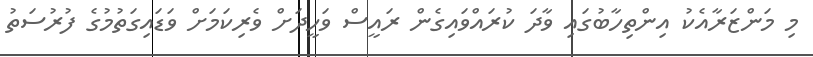
މި މަންޒަރާއެކު އިންތިހާބުގައި ވާދަ ކުރައްވައިގެން ރައީސް ވަހީދަށް ވެރިކަމަށް ވަޑައިގަތުމުގެ ފުރުސަތު